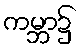
ကမ္ဘာ၌